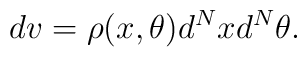
dv=\rho(x, \theta)d^{N}x d^{N}\theta.